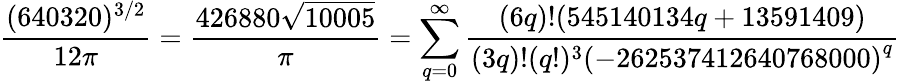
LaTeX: {\frac{(640320)^{3/2}}{12\pi}}={\frac{426880{\sqrt{10005}}}{\pi}}=\sum_{q=0}^{\infty}{\frac{(6q)!(545140134q+13591409)}{(3q)!(q!)^{3}\left(-262537412640768000\right)^{q}}}